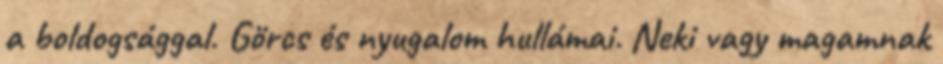
a boldogsággal. Görcs és nyugalom hullámai. Neki vagy magamnak